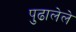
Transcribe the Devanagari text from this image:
पुढालेले